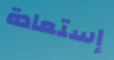
إستعادة